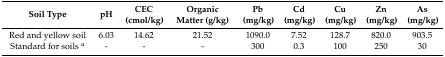
| Soil Type | pH | CEC (cmol/kg) | Organic Matter (g/kg) | Pb (mg/kg) | Cd (mg/kg) | Cu (mg/kg) | Zn (mg/kg) | As (mg/kg) |
 | --- | --- | --- | --- | --- | --- | --- | --- | --- |
 | Red and yellow soil | 6.03 | 14.62 | 21.52 | 1090.0 | 7.52 | 128.7 | 820.0 | 903.5 |
 | Standard for soils a | - | - | - | 300 | 0.3 | 100 | 250 | 30 |